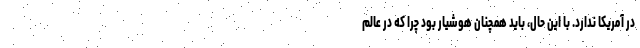
در آمریکا ندارد. با این حال، باید همچنان هوشیار بود چرا که در عالم